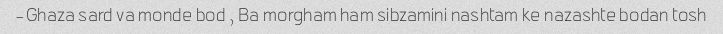
Ghaza sard va monde bod , Ba morgham ham sibzamini nashtam ke nazashte bodan tosh-